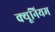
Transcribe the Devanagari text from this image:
क्यूनियम